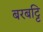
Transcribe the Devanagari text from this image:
बरबट्टि